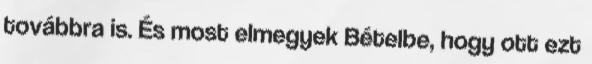
továbbra is. És most elmegyek Bételbe, hogy ott ezt